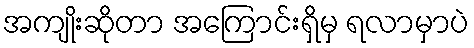
အကျိုးဆိုတာ အကြောင်းရှိမှ ရလာမှာပဲ